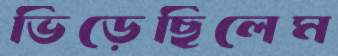
ভিড়েছিলেম